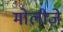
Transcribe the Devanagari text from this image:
मोलीज़े